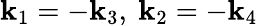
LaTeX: \mathbf{k}_{1}=-\mathbf{k}_{3},\ \mathbf{k}_{2}=-\mathbf{k}_{4}